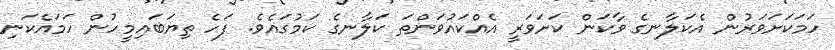
ހަމަކަށަވަރުން އެކަލާނގެ ވާކަން ކަށަވަރީ އެއްކައުވަންތަ ކަލާނގެ ކަމުގައެވެ. ފަހެ ތިޔަބައިމީހުން ހަމައެކަނި